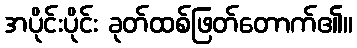
အပိုင်းပိုင်း ခုတ်ထစ်ဖြတ်တောက်၏။